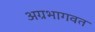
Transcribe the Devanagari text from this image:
अग्रभागवत